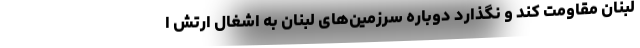
لبنان مقاومت کند و نگذارد دوباره سرزمین‌های لبنان به اشغال ارتش ا